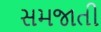
સમજાતી